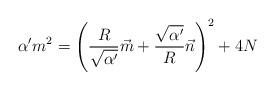
LaTeX: \begin{align*}\alpha'm^2=\left(\frac{R}{\sqrt{\alpha'}} \vec{m} + \frac{\sqrt{\alpha'}}{R} \vec{n}\right) ^2 + 4 N\end{align*}